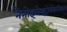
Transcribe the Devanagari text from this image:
नैनोइलेक्ट्रोमेकेनिकल